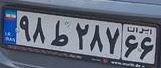
۹۸ط۲۸۷۶۶